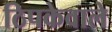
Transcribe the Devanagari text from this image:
ठिपकेवाले